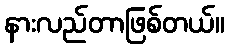
နားလည်တာဖြစ်တယ်။